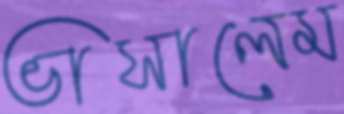
ভাসালেম